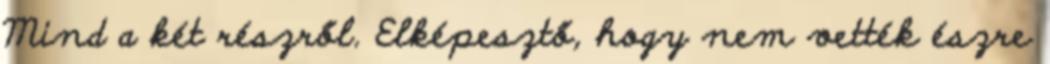
Mind a két részről. Elképesztő, hogy nem vették észre